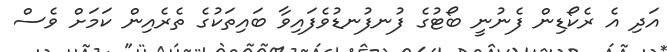
އަދި އެ ރެކޯޑިން ފެނުނީ ބޯޓުގެ ފުނފުނޑުވެފައިވާ ބައިތަކުގެ ތެރެއިން ކަމަށް ވެސް